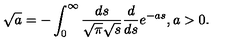
\sqrt { a } = - \int _ { 0 } ^ { \infty } \frac { d s } { \sqrt { \pi } \sqrt { s } } \frac { d } { d s } e ^ { - a s } , a > 0 .